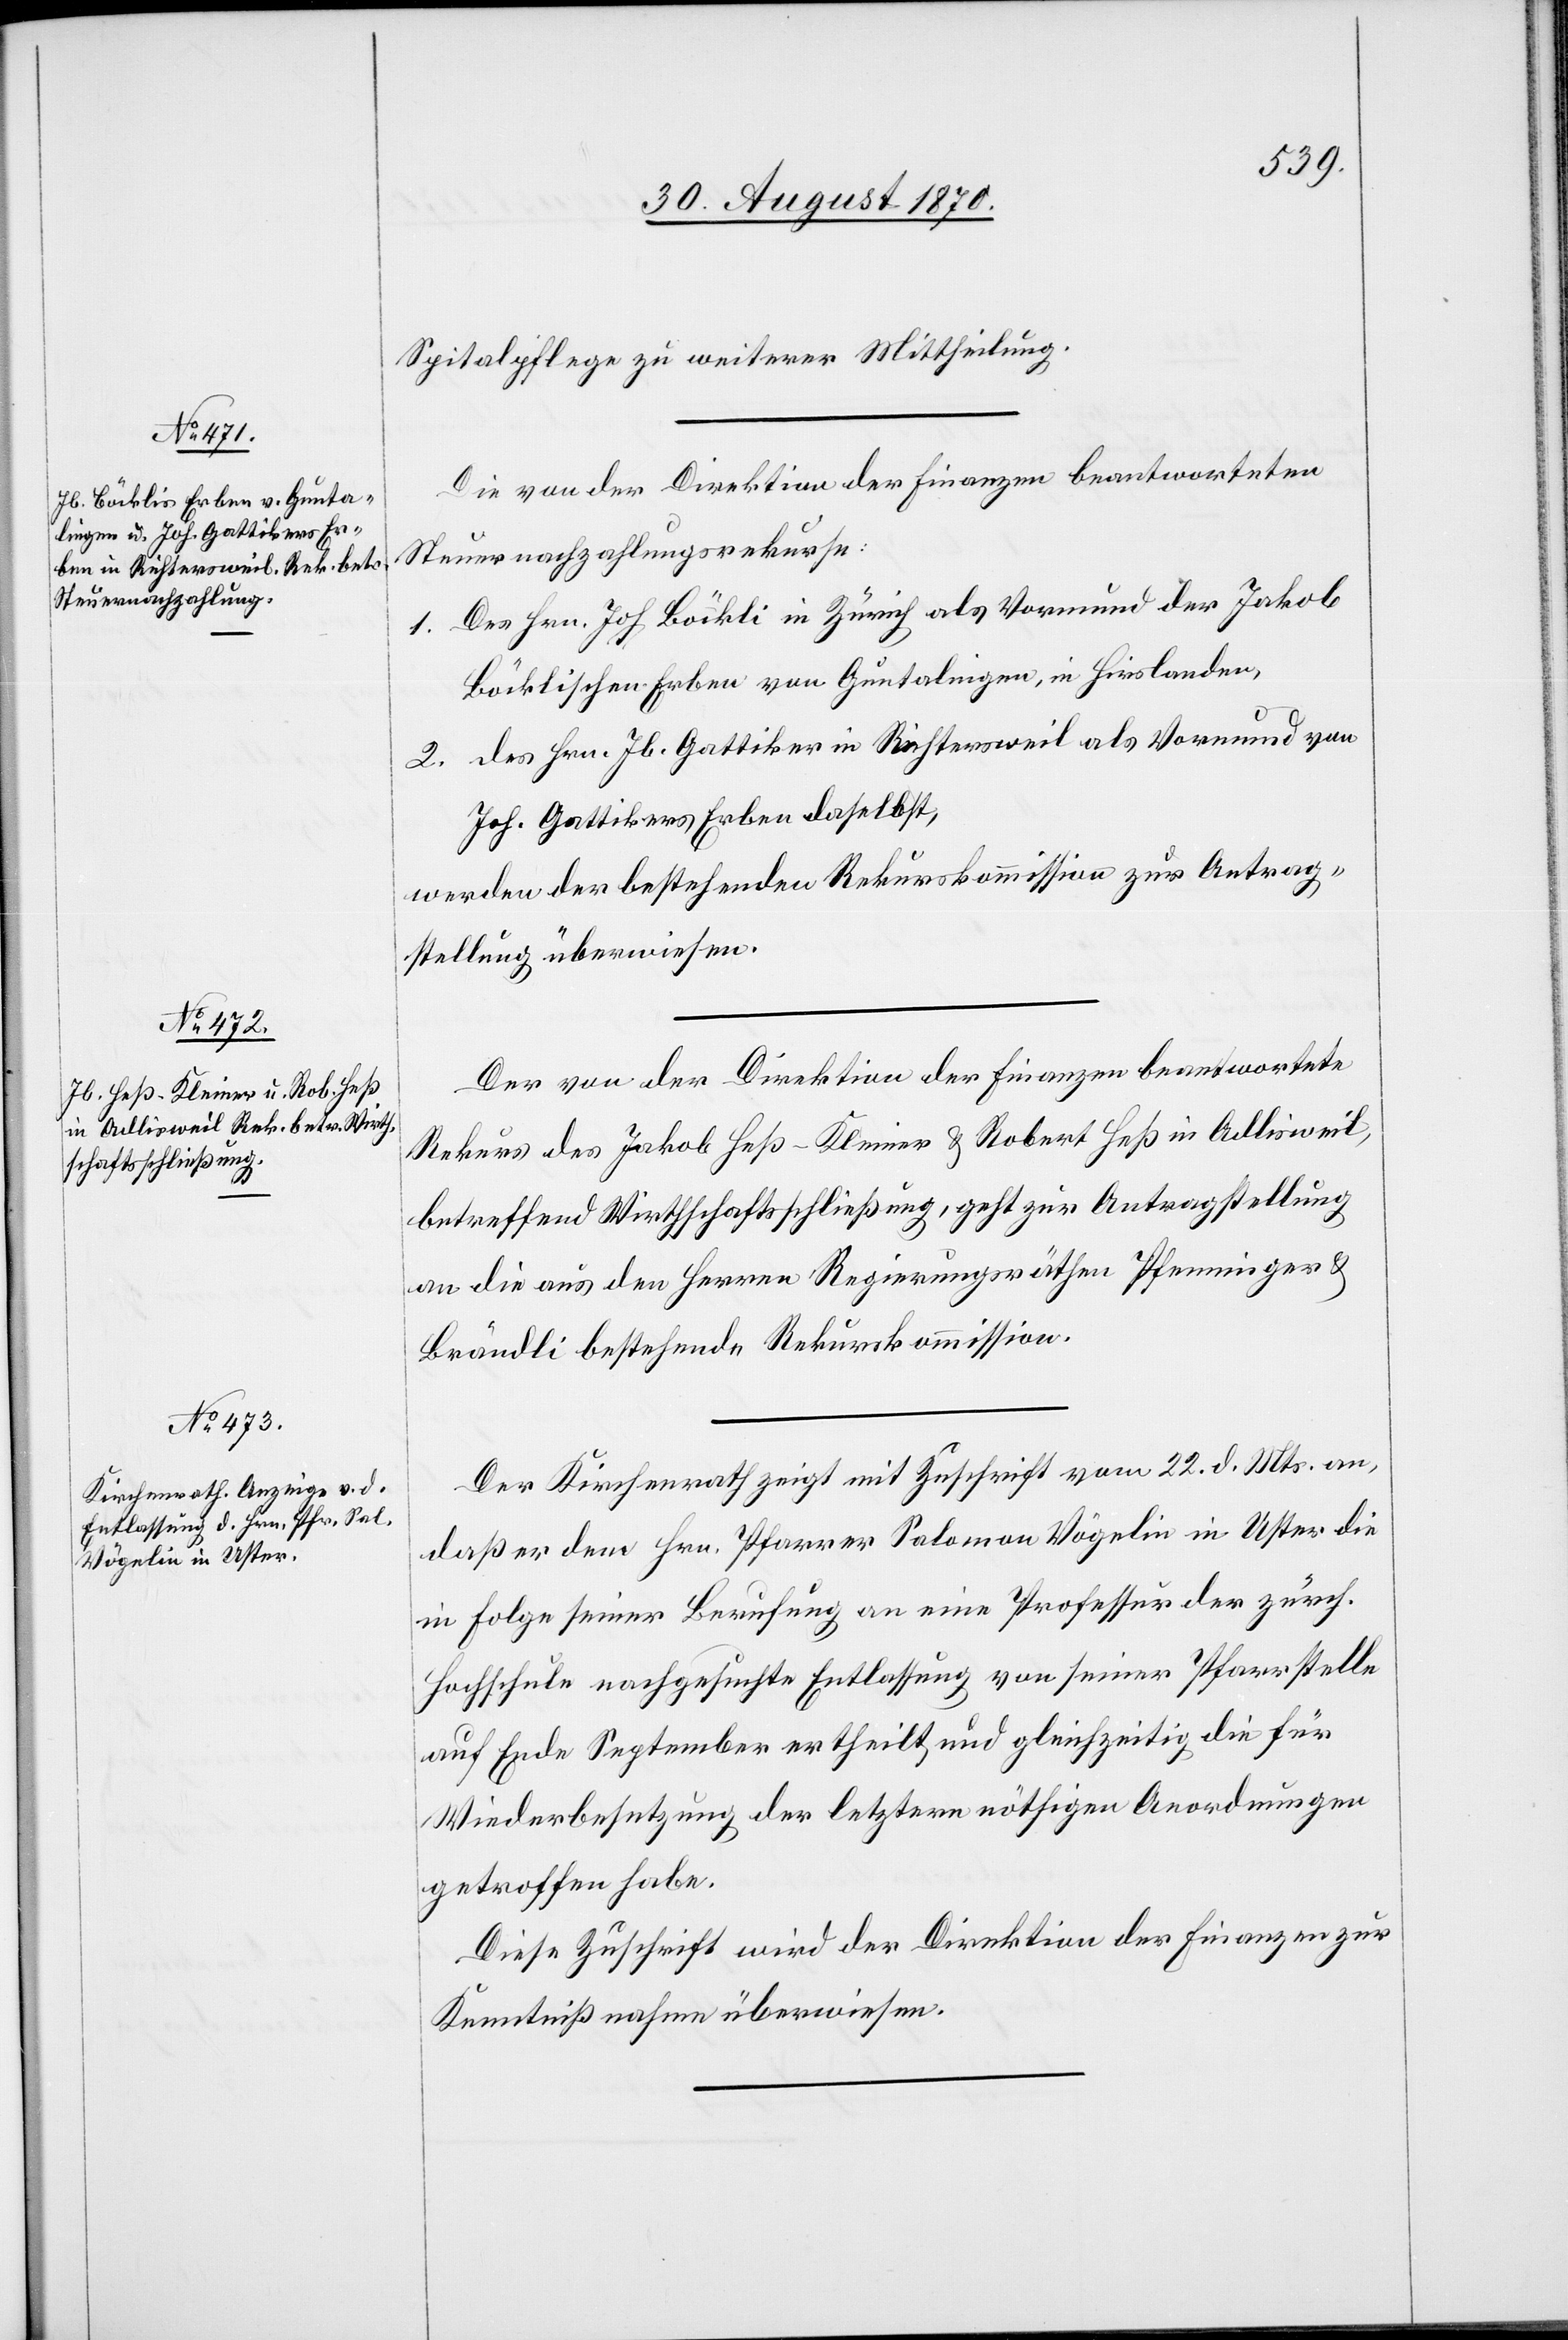
Spitalpflege zu weiterer Mittheilung.
Die von der Direktion der Finanzen beantworteten
Steuernachzahlungsrekurse:
1. Des Hrn. Joh. Böckli in Zürich als Vormund der Jakob
Böcklischen Erben von Guntalingen, in Hirslanden.
2. des Hrn. Jb. Gattiker in Richtersweil als Vormund von
Joh. Gattikers Erben daselbst,
werden der bestehenden Rekurskommission zur Antrag¬
stellung überwiesen.
Der von der Direktion der Finanzen beantwortete
Rekurs von Jakob Heß-Kleiner & Robert Heß in Adlisweil,
betreffend Wirtschaftsschließung, geht zur Antragstellung
an die aus den Herren Regierungsräthen Pfenninger &
Brändli bestehende Rekurskommission.
Der Kirchenrath zeigt mit Zuschrift vom 22. d. Mts. an,
daß er dem Hrn. Pfarrer Salomon Vögelin in Uster die
in Folge sein Berufung an eine Professur der zürch.
Hochschule nachgesuchte Entlassung von seiner Pfarrstelle
auf Ende September ertheilt und gleichzeitig die für
Wiederbesetzung der letztern nöthigen Anordnungen
getroffen habe.
Diese Zuschrift wird der Direktion der Finanzen zur
Kenntnißnahme überwiesen.